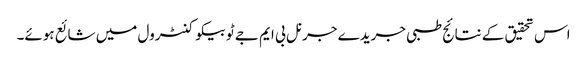
اس تحقیق کے نتائج طبی جریدے جرنل بی ایم جے ٹوبیکو کنٹرول میں شائع ہوئے۔